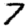
Digit: 7